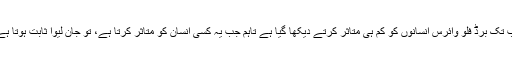
اب تک برڈ فلو وائرس انسانوں کو کم ہی متاثر کرتے دیکھا گیا ہے تاہم جب یہ کسی انسان کو متاثر کرتا ہے، تو جان لیوا ثابت ہوتا ہے۔